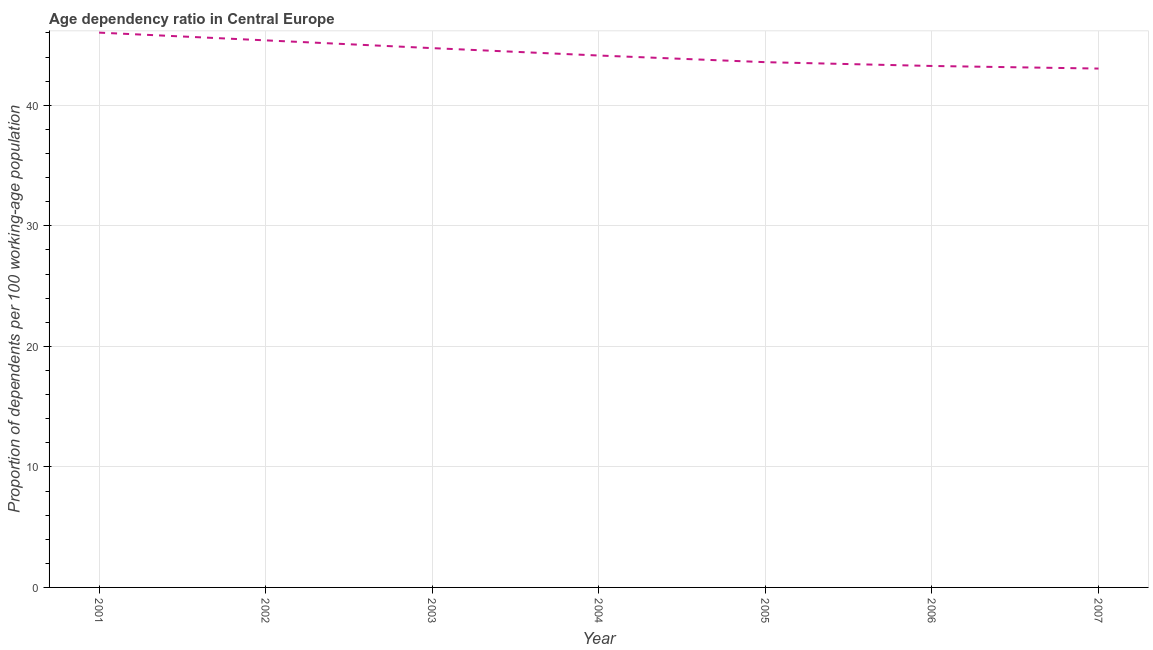
| Year | Age dependency ratio (% of working-age population) |
 | --- | --- |
 | 2001 | 46 |
 | 2002 | 45.4 |
 | 2003 | 44.7 |
 | 2004 | 44.1 |
 | 2005 | 43.6 |
 | 2006 | 43.3 |
 | 2007 | 43 |